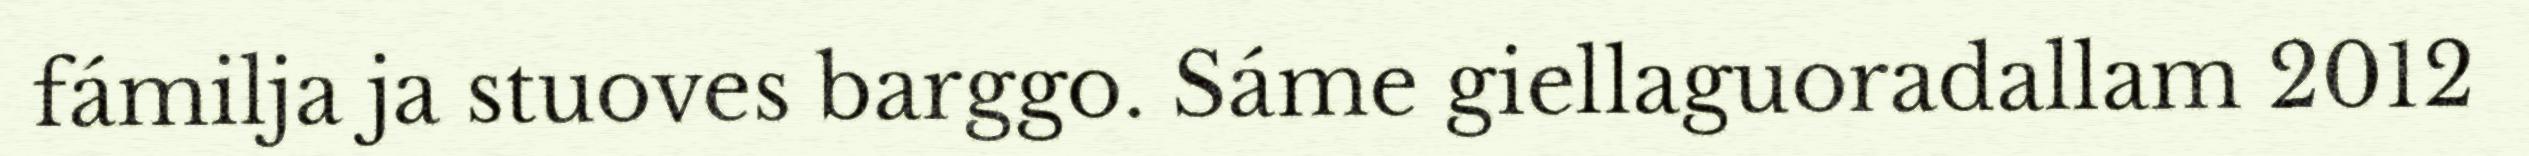
fámilja ja stuoves barggo. Sáme giellaguoradallam 2012